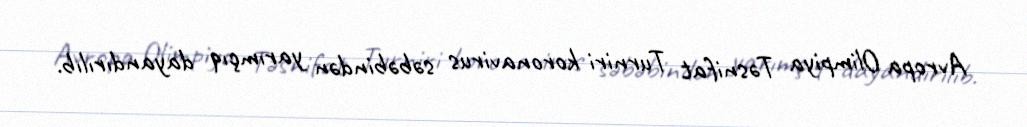
Avropa Olimpiya Təsnifat Turniri koronavirus səbəbindən yarımçıq dayandırılıb.